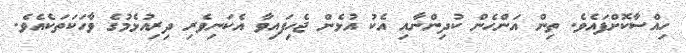
ހިއްސާކޮށްފައެވެ. ތިން އަންހެން ކުދިންނާއި އެކު އުޅެން ޖެހިފައިވާ އެކަނިވެރި ދިރިއުޅެމުގެ ވާހަކަތަކެއެވެ.